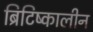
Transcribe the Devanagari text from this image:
ब्रिटिष्कालीन